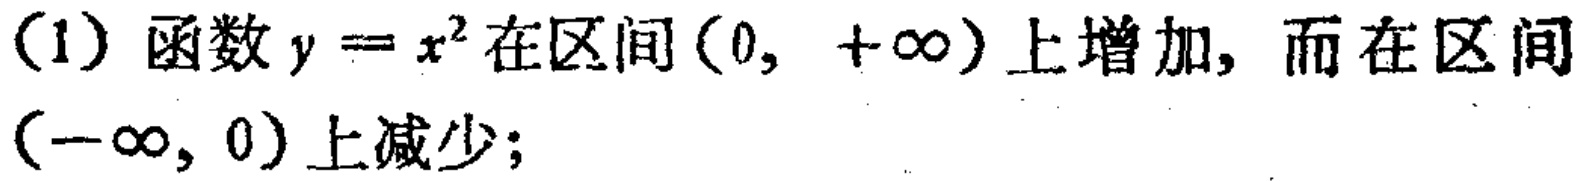
(1) 函数 \(y = x^{2}\) 在区间 \((0, +\infty)\) 上增加，而在区间 \((-\infty, 0)\) 上减少；